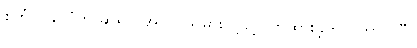
စင်္ကာပူနိုင်ငံကို ဆိုရင် အလုပ်သမား ပို့ခွင့်ပိတ်ထားခဲ့တာ ကြာပါပြီ။